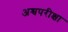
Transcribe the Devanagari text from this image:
अश्वपरीक्षा